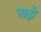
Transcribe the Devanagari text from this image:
पाद्रो